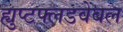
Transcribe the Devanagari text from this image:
ह्युप्टफ्लडवेबल